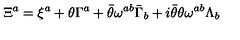
\Xi ^ { a } = \xi ^ { a } + \theta \Gamma ^ { a } + \bar { \theta } \omega ^ { a b } \bar { \Gamma } _ { b } + i \bar { \theta } \theta \omega ^ { a b } \Lambda _ { b }